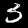
Label: 3